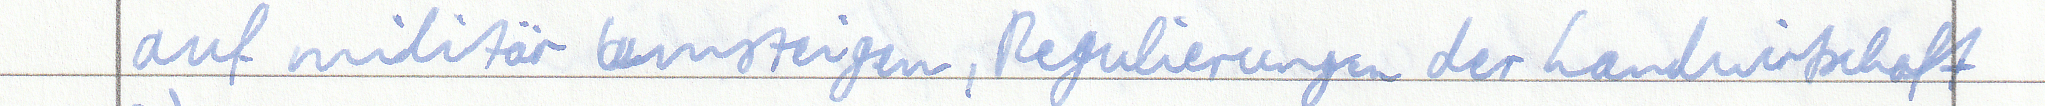
auf militär umsteigen, Regulierungen der Landwirtschaft